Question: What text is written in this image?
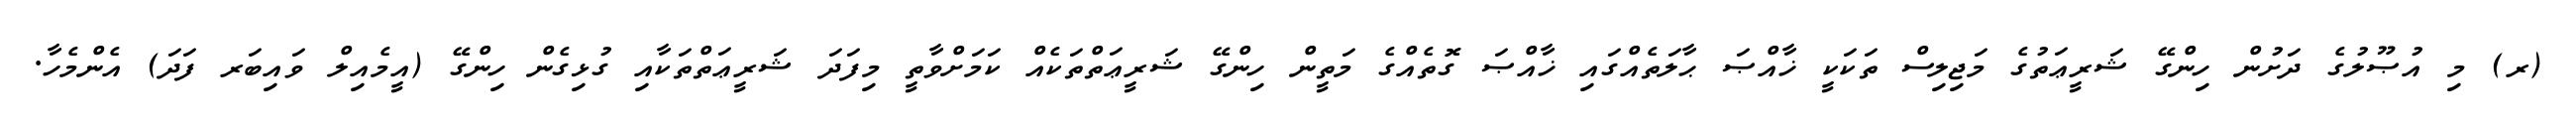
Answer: (ރ) މި އުޞޫލުގެ ދަށުން ހިންގޭ ޝަރީޢަތުގެ މަޖިލިސް ތަކަކީ ޚާއްޞަ ޙާލަތެއްގައި ޚާއްޞަ ގޮތެއްގެ މަތީން ހިންގޭ ޝަރީޢަތްތަކެއް ކަމަށްވާތީ މިފަދަ ޝަރީޢަތްތަކާއި ގުޅިގެން ހިންގޭ (އީމެއިލް ވައިބަރ ފަދަ) އެންމެހާ.